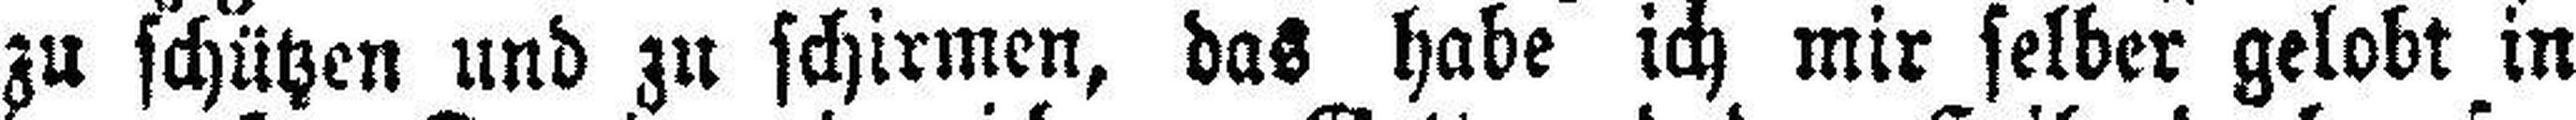
zu schützen und zu schirmen, das habe ich mir selber gelobt in